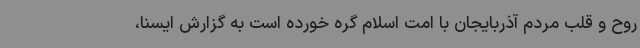
روح و قلب مردم آذربایجان با امت اسلام گره خورده است به گزارش ایسنا،